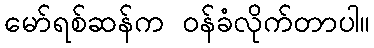
မော်ရစ်ဆန်က ဝန်ခံလိုက်တာပါ။